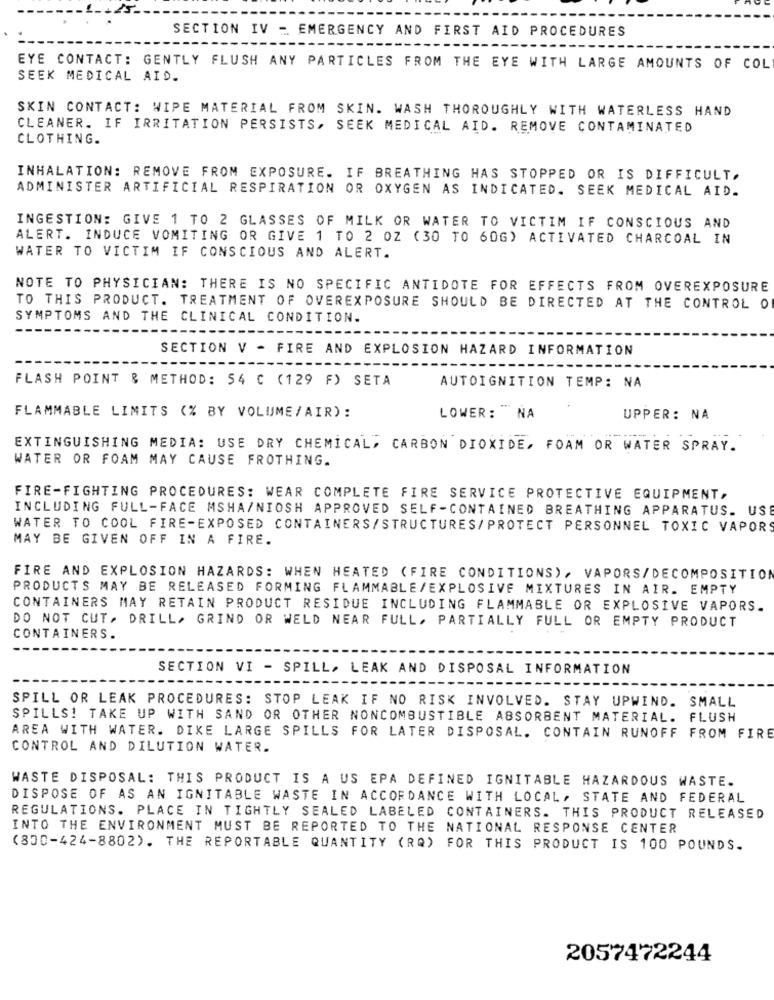
SECTION IV - EMERGENCY AND FIRST AID PROCEDURES
EYE CONTACT: GENTLY FLUSH ANY PARTICLES FROM THE EYE WITH LARGE AMOUNTS OF COL
SEEK MEDICAL AID.
SKIN CONTACT: WIPE MATERIAL FROM SKIN. WASH THOROUGHLY WITH WATERLESS HAND
CLEANER. IF IRRITATION PERSISTS, SEEK MEDICAL AID. REMOVE CONTAMINATED
CLOTHING.
INHALATION: REMOVE FROM EXPOSURE. IF BREATHING HAS STOPPED OR IS DIFFICULT.
ADMINISTER ARTIFICIAL RESPIRATION OR OXYGEN AS INDICATED. SEEK MEDICAL AID.
INGESTION: GIVE 1 TO 2 GLASSES OF MILK OR WATER TO VICTIM IF CONSCIOUS AND
ALERT. INDUCE VOMITING OR GIVE 1 TO 2 OZ (30 TO 60G) ACTIVATED CHARCOAL IN
WATER TO VICTIM IF CONSCIOUS AND ALERT.
NOTE TO PHYSICIAN: THERE IS NO SPECIFIC ANTIDOTE FOR EFFECTS FROM OVEREXPOSURE
TO THIS PRODUCT. TREATMENT OF OVEREXPOSURE SHOULD BE DIRECTED AT THE CONTROL O
SYMPTOMS AND THE CLINICAL CONDITION.
SECTION V - FIRE AND EXPLOSION HAZARD INFORMATION
FLASH POINT & METHOD: 54 C (129 F) SETA
AUTOIGNITION TEMP: NA
FLAMMABLE LIMITS (% BY VOLUME/ AIR) :
LOWER: NA
UPPER: NA
EXTINGUISHING MEDIA: USE DRY CHEMICAL, CARBON DIOXIDE, FOAM OR WATER SPRAY.
WATER OR FOAM MAY CAUSE FROTHING.
FIRE-FIGHTING PROCEDURES: WEAR COMPLETE FIRE SERVICE PROTECTIVE EQUIPMENT,
INCLUDING FULL-FACE MSHA/NIOSH APPROVED SELF-CONTAINED BREATHING APPARATUS. US
WATER TO COOL FIRE-EXPOSED CONTAINERS/STRUCTURES/PROTECT PERSONNEL TOXIC VAPOR
MAY BE GIVEN OFF IN A FIRE.
FIRE AND EXPLOSION HAZARDS: WHEN HEATED (FIRE CONDITIONS) , VAPORS/DECOMPOSITION
PRODUCTS MAY BE RELEASED FORMING FLAMMABLE/EXPLOSIVE MIXTURES IN AIR. EMPTY
CONTAINERS MAY RETAIN PRODUCT RESIDUE INCLUDING FLAMMABLE OR EXPLOSIVE VAPORS.
DO NOT CUT. DRILL, GRIND OR WELD NEAR FULL, PARTIALLY FULL OR EMPTY PRODUCT
CONTAINERS.
SECTION VI
- SPILL, LEAK AND DISPOSAL INFORMATION
SPILL OR LEAK PROCEDURES: STOP LEAK IF NO RISK INVOLVED. STAY UPWIND. SMALL
SPILLS! TAKE UP WITH SAND OR OTHER NONCOMBUSTIBLE ABSORBENT MATERIAL. FLUSH
AREA WITH WATER. DIKE LARGE SPILLS FOR LATER DISPOSAL. CONTAIN RUNOFF FROM FIRE
CONTROL AND DILUTION WATER.
WASTE DISPOSAL: THIS PRODUCT IS A US EPA DEFINED IGNITABLE HAZARDOUS WASTE.
DISPOSE OF AS AN IGNITABLE WASTE IN ACCORDANCE WITH LOCAL, STATE AND FEDERAL
REGULATIONS. PLACE IN TIGHTLY SEALED LABELED CONTAINERS. THIS PRODUCT RELEASED
INTO THE ENVIRONMENT MUST BE REPORTED TO THE NATIONAL RESPONSE CENTER
(800-424-8802). THE REPORTABLE QUANTITY (RQ) FOR THIS PRODUCT IS 100 POUNDS.
2057472244